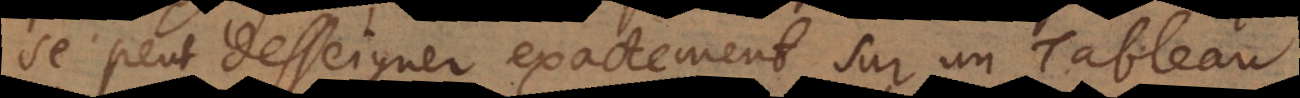
se peut desseigner exactement sur un Tableau